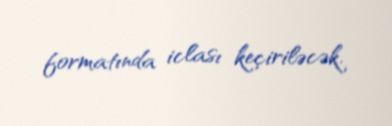
formatında iclası keçiriləcək.